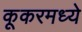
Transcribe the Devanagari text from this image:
कूकरमध्ये